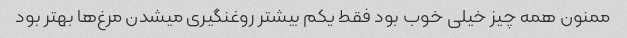
ممنون همه چیز خیلی خوب بود فقط یکم بیشتر روغنگیری میشدن مرغ‌ها بهتر بود